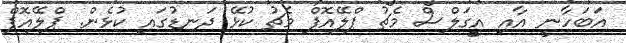
އަބަހާނީ އާއި އީގަލްސް މެޗު ޕްލޭއޮފް މެޗު ކުޅޭ ދަނޑުގައި ކުޅެން. ޕްލޭއޮފް